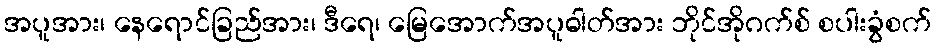
အပူအား၊ နေရောင်ခြည်အား၊ ဒီရေ၊ မြေအောက်အပူဓါတ်အား ဘိုင်အိုဂက်စ် စပါးခွံစက်